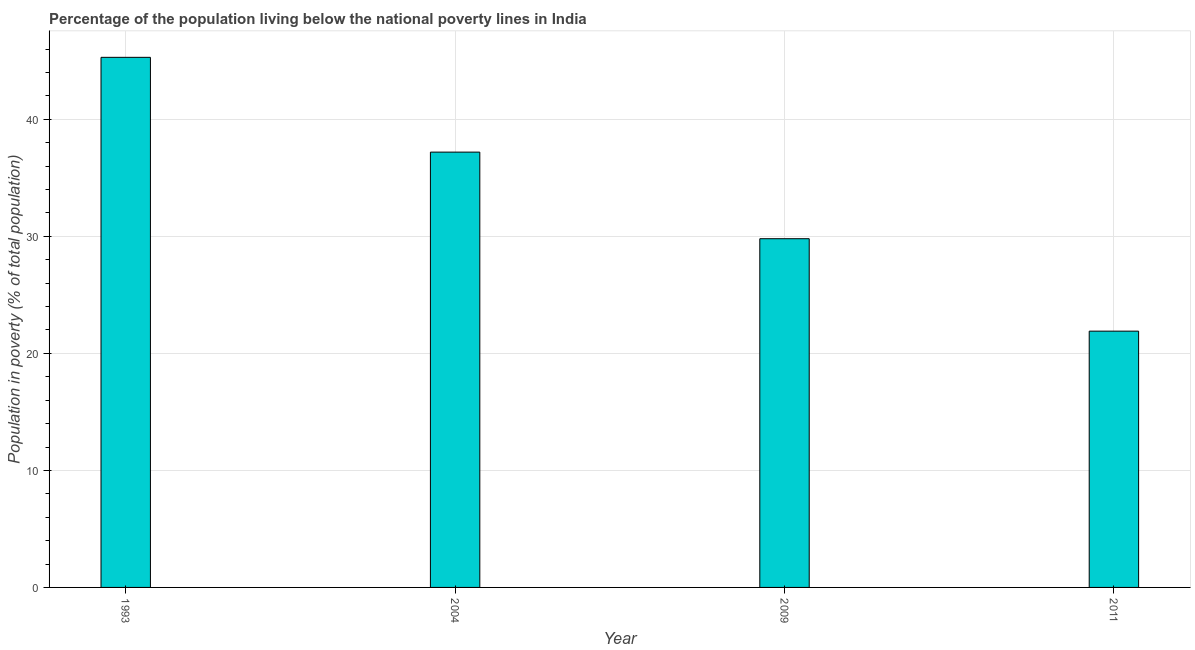
| Year | Poverty headcount ratio |
 | --- | --- |
 | 1993 | 45.3 |
 | 2004 | 37.2 |
 | 2009 | 29.8 |
 | 2011 | 21.9 |